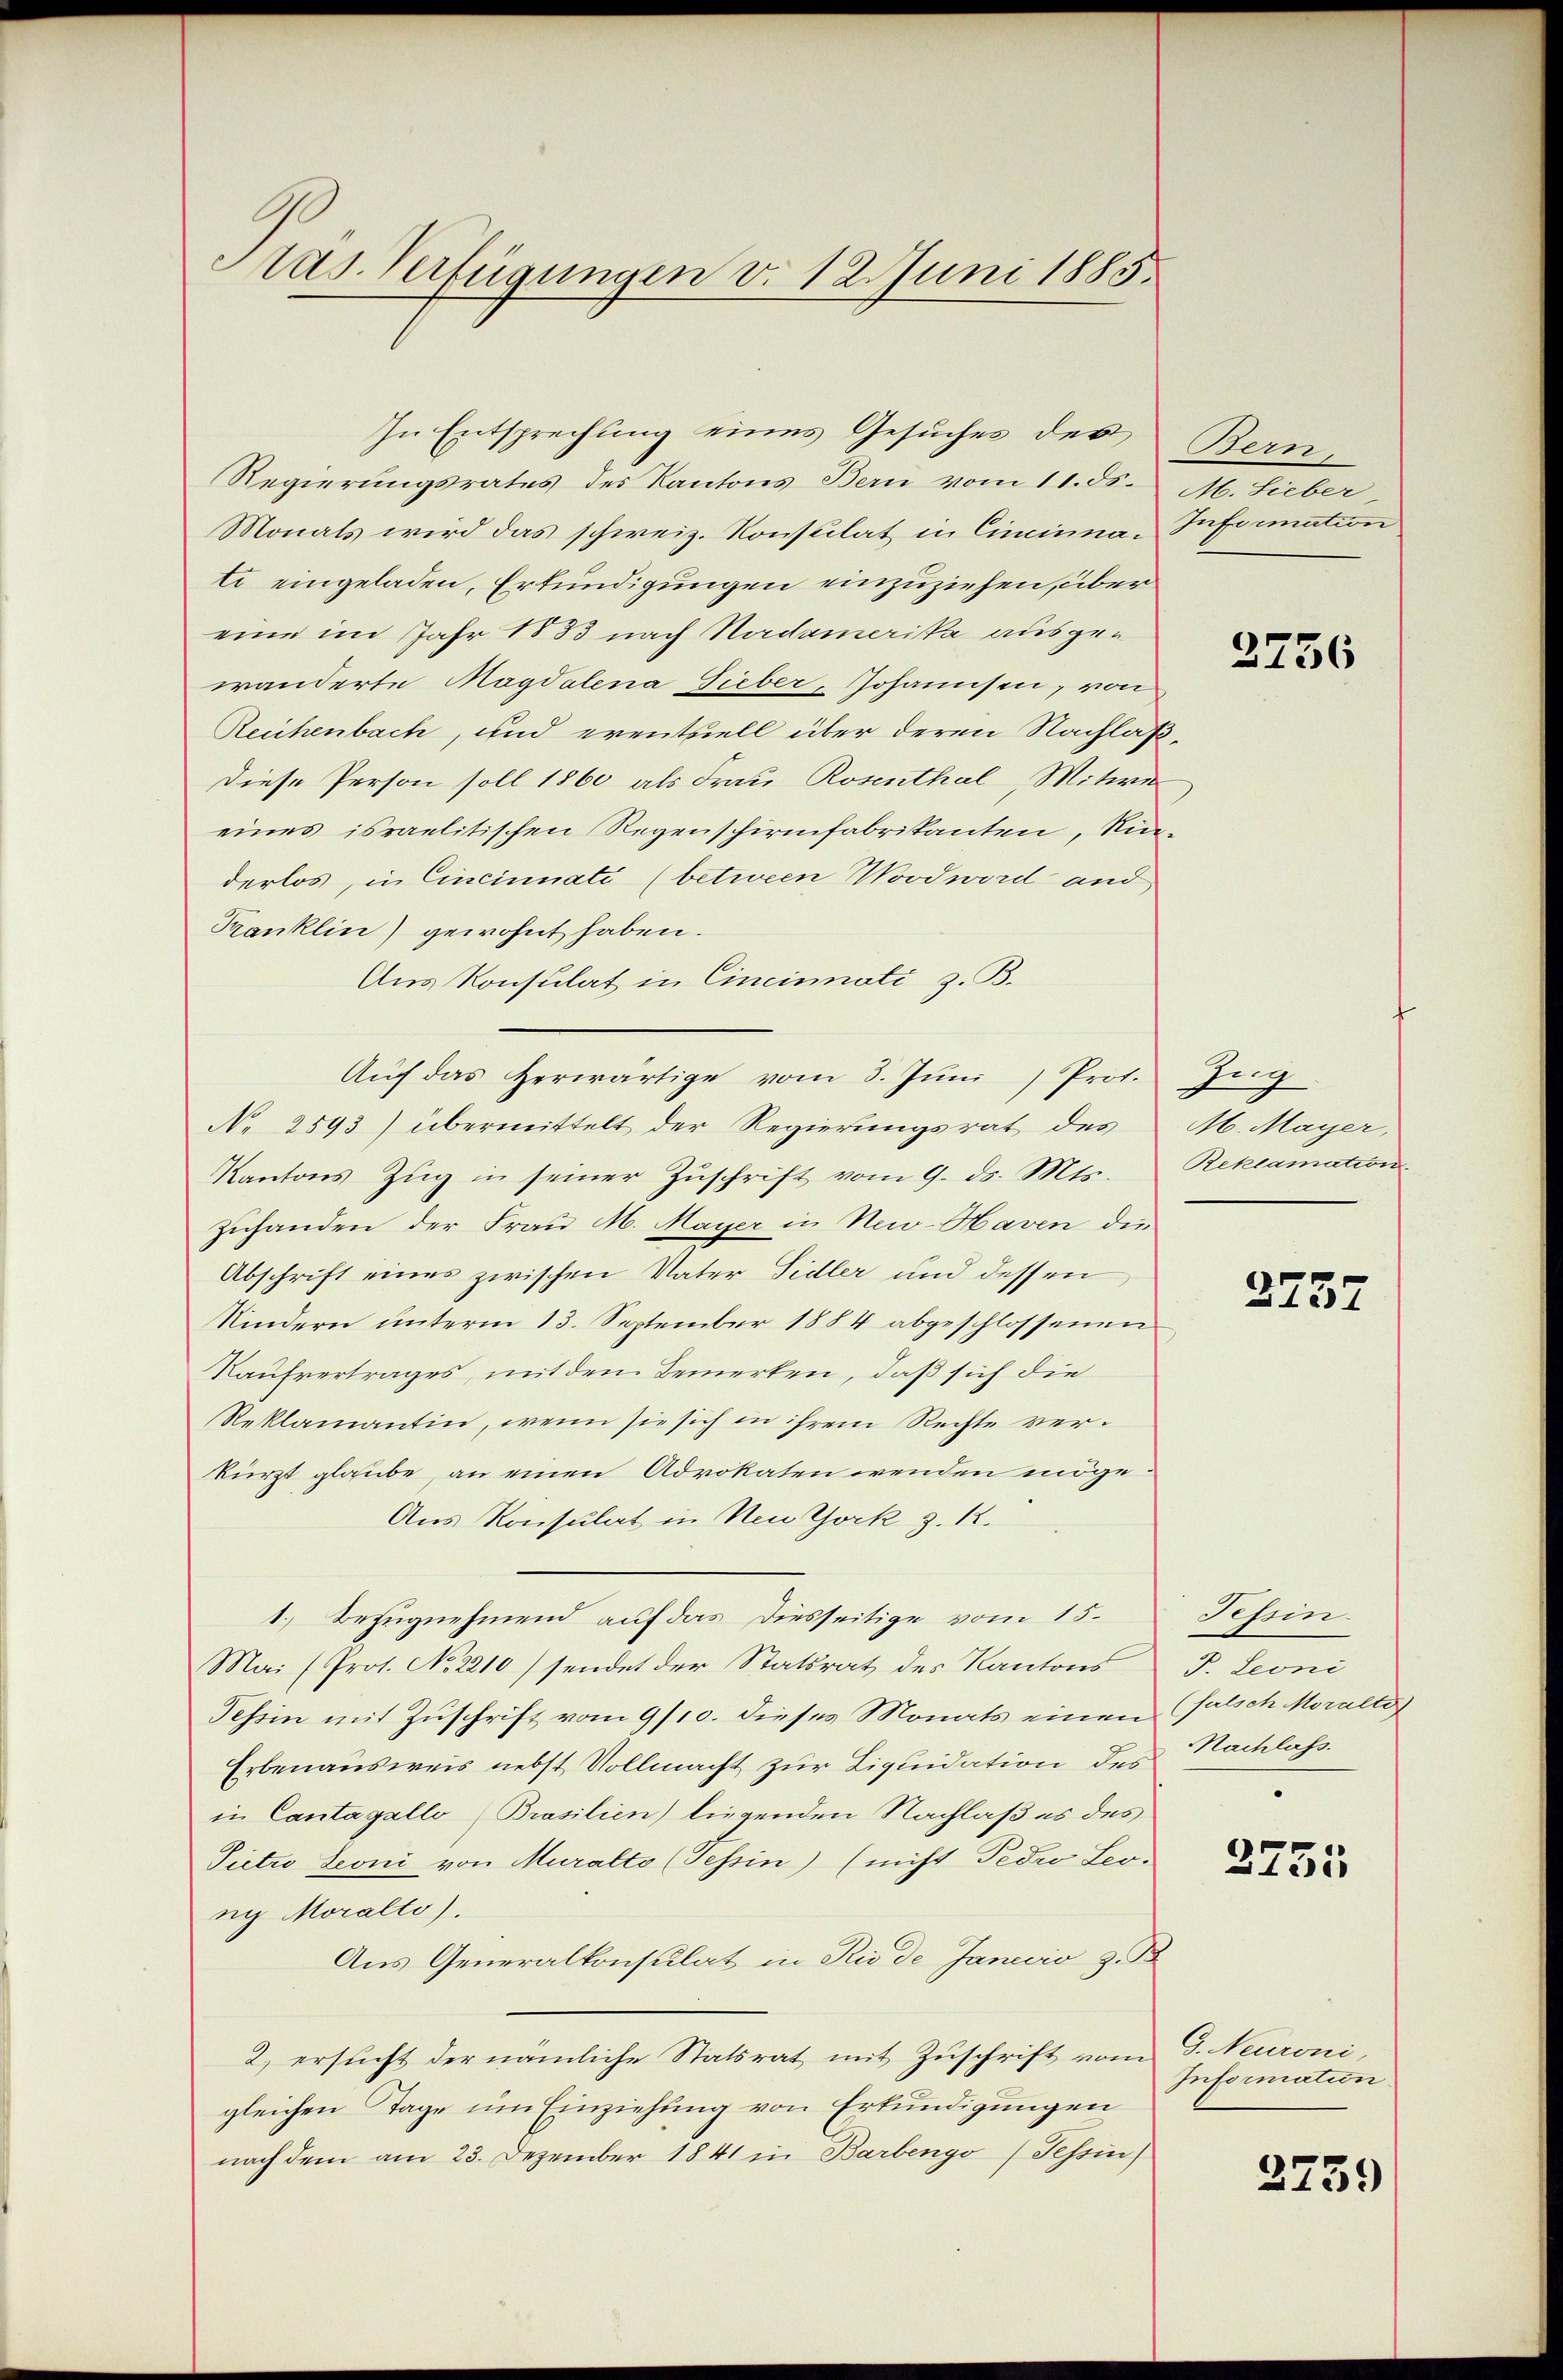
Pras Verfügungen v. 12. Juni 1885.

Regierungsrates des Kantons Bern vom 11. ds.
Monats wird das schweiz. Konsulat in Cincinna-Information
ti eingeladen, Erkundigungen einzuziehen, übereine im Jahr 1853 nach Nadamerika ausgewanderte Magdalena Gieber, Johannsen, von
Reichenbach, und eventuell über deren Nachlaß¬
Diese Person soll 1860 als Frau Rosenthal, Mitwe
eines israelitischen Regenschirmfabrikanten, Niderlos, in Cincinnati (betieen Wood wird and,
Tanklin) gewohnt haben.
Aus Konsulat in Cincinnati z. B.
Aŭf das herwärtige vom 3. Jŭni Prof. Zug
No 2593) übermittelt der Regierungsrat des M. Mayer,
Kantons Zŭg in seiner Zuschrift vom 9. ds. Mts. Reklamation
Zuhanden der Frau M. Mayer in New-Haven die
Abschrift eines zwischen Vater Sidler und dessen
Kindern ŭnterm 13. September 1884 abgeschlossenen
Kaufvertrages, mit dem Bemerken, daß sich die
Reklamantin, wenn sie sich in ihrem Rechte verkürzt glaube, an einen Advokaten wenden möge.
Aus Konsulat in Neu York z. 12.
1.) Bezugnehmend auf das Diesseitige vom 15.
Mai (Prot. No 2210) sendet der Statsrat des Kantons J. Leoni
Tessin mit Zuschrift vom 9/10. dieses Monats einen falsch Moralto
Erbenausweis nebst Vollmacht zur Liquidation des Nachlass
in Cantagello (Brasilien) liegenden Nachlaß es des
Pietro Leoni von Muralto (Tessin) (nicht Peoro Leo-
ng Moralto).
Aus Generalkonsulat in Rio de Januio z. B
2. ersucht der nämliche Statsrat mit Zuschrift vom 3. Neuroni,
gleichen Tage um Einziehung von Erkundigungen
nach dem am 23. Dezember 1841 in Barbengo (Tessin

In Entsprechung eines Gesuches des Bern-

M. Lieber,

2736

2737

Tessin

2735

Information

2739